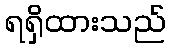
ရရှိထားသည်